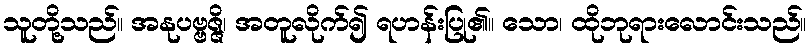
သူတို့သည်။ အနုပဗ္ဗဇ္ဇိ၊ အတူလိုက်၍ ရဟန်းပြု၏။ သော၊ ထိုဘုရားလောင်းသည်။